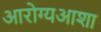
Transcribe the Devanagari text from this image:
आरोग्यआशा